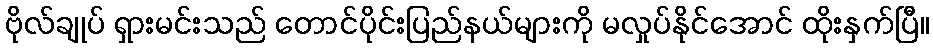
ဗိုလ်ချုပ် ရှားမင်းသည် တောင်ပိုင်းပြည်နယ်များကို မလှုပ်နိုင်အောင် ထိုးနှက်ပြီ။